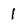
Character: 1